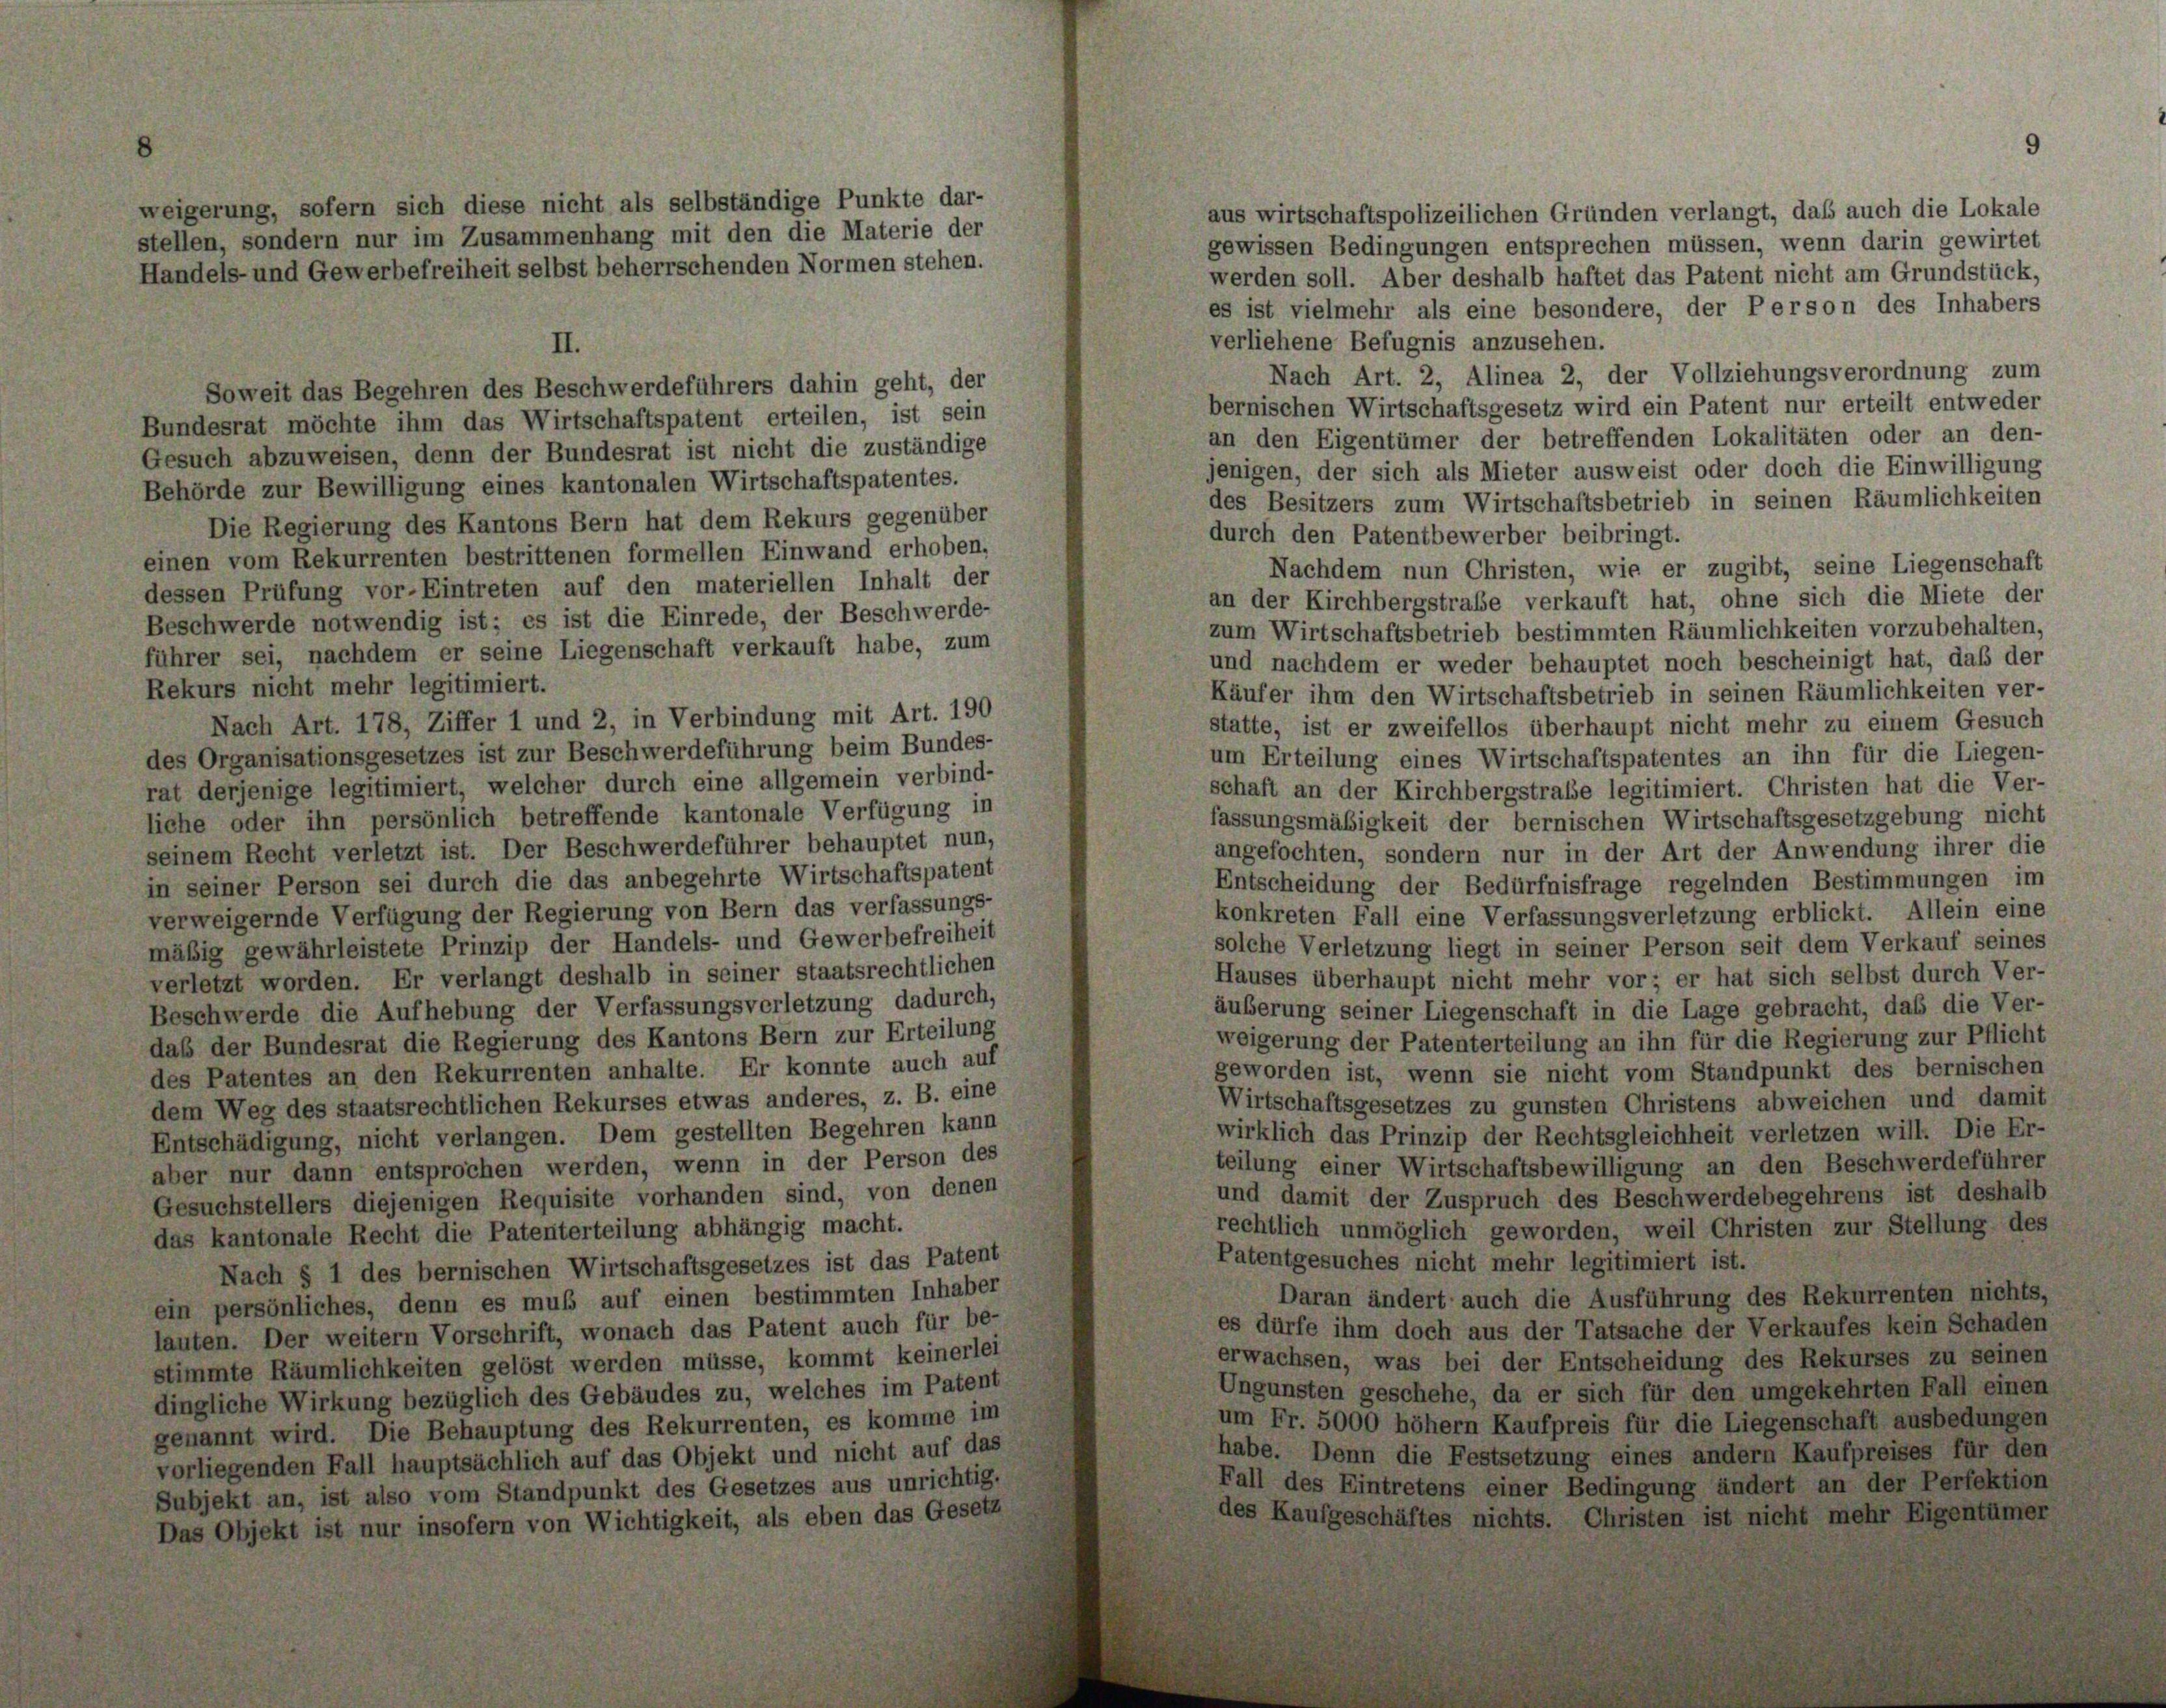
weigerung, sofern sich diese nicht als selbständige Punkte dar-
stellen, sondern nur im Zusammenhang mit den die Materie der
Handels- und Gewerbefreiheit selbst beherrschenden Normen stehen.

aus wirtschaftspolizeilichen Gründen verlangt, daß auch die Lokale

d

gewissen Bedingungen entsprechen müssen, wenn darin gewirtet
werden soll. Aber deshalb haftet das Patent nicht am Grundstück,
es ist vielmehr als eine besondere, der Person des Inhabers
verliehene Befugnis anzusehen.
II.
Nach Art. 2, Alinea 2, der Vollziehungsverordnung zum
Soweit das Begehren des Beschwerdeführers dahin geht, der
bernischen Wirtschaftsgesetz wird ein Patent nur erteilt entweder
Bundesrat möchte ihm das Wirtschaftspatent erteilen, ist sein
an den Eigentümer der betreffenden Lokalitäten oder an den-
Gesuch abzuweisen, denn der Bundesrat ist nicht die zuständige
jenigen, der sich als Mieter ausweist oder doch die Einwilligung
Behörde zur Bewilligung eines kantonalen Wirtschaftspatentes.
des Besitzers zum Wirtschaftsbetrieb in seinen Räumlichkeiten
Die Regierung des Kantons Bern hat dem Rekurs gegenüber
durch den Patentbewerber beibringt.
einen vom Rekurrenten bestrittenen formellen Einwand erhoben,
Nachdem nun Christen, wie er zugibt, seine Liegenschaft
dessen Prüfung vor-Eintreten auf den materiellen Inhalt der
an der Kirchbergstrafe verkauft hat, ohne sich die Miete der
Beschwerde notwendig ist; es ist die Einrede, der Beschwerde-
zum Wirtschaftsbetrieb bestimmten Räumlichkeiten vorzubehalten,
führer sei, nachdem er seine Liegenschaft verkauft habe, zum
und nachdem er weder behauptet noch bescheinigt hat, daß der
Rekurs nicht mehr legitimiert.
Käufer ihm den Wirtschaftsbetrieb in seinen Räumlichkeiten ver-
Nach Art. 178, Ziffer 1 und 2, in Verbindung mit Art. 190
statte, ist er zweifellos überhaupt nicht mehr zu einem Gesuch
des Organisationsgesetzes ist zur Beschwerdeführung beim Bundes-
um Erteilung eines Wirtschaftspatentes an ihn für die Liegen-
rat derjenige legitimiert, welcher durch eine allgemein verbind-
schaft an der Kirchbergstraße legitimiert. Christen hat die Ver-
liche oder ihn persönlich betreffende kantonale Verfügung in
fassungsmäßigkeit der bernischen Wirtschaftsgesetzgebung nicht
seinem Recht verletzt ist. Der Beschwerdeführer behauptet nun,
angefochten, sondern nur in der Art der Anwendung ihrer die
in seiner Person sei durch die das anbegehrte Wirtschaftspatent
Entscheidung der Bedürfnisfrage regelnden Bestimmungen im
verweigernde Verfügung der Regierung von Bern das verfassungs-
konkreten Fall eine Verfassungsverletzung erblickt. Allein eine
mäßig gewährleistete Prinzip der Handels- und Gewerbefreiheit
solche Verletzung liegt in seiner Person seit dem Verkauf seines
verletzt worden. Er verlangt deshalb in seiner staatsrechtlichen
Hauses überhaupt nicht mehr vor; er hat sich selbst durch Ver-
Beschwerde die Aufhebung der Verfassungsverletzung dadurch,
äußerung seiner Liegenschaft in die Lage gebracht, das die Ver-
weigerung der Patenterteilung an ihn für die Regierung zur Pflicht
daß der Bundesrat die Regierung des Kantons Bern zur Erteilung
geworden ist, wenn sie nicht vom Standpunkt des bernischen
des Patentes an den Rekurrenten anhalte. Er konnte auch auf
Wirtschaftsgesetzes zu gunsten Christens abweichen und damit
dem Weg des staatsrechtlichen Rekurses etwas anderes, z. B. eine
wirklich das Prinzip der Rechtsgleichheit verletzen will. Die Er-
Entschädigung, nicht verlangen. Dem gestellten Begehren kann
teilung einer Wirtschaftsbewilligung an den Beschwerdeführer
aber nur dann entsprochen werden, wenn in der Person des
und damit der Zuspruch des Beschwerdebegehrens ist deshalb
Gesuchstellers diejenigen Requisite vorhanden sind, von denen
rechtlich unmöglich geworden, weil Christen zur Stellung des
das kantonale Recht die Patenterteilung abhängig macht.
Patentgesuches nicht mehr legitimiert ist.
Nach § 1 des bernischen Wirtschaftsgesetzes ist das Patent
Daran ändert auch die Ausführung des Rekurrenten nichts,
ein persönliches, denn es muß auf einen bestimmten Inhaber
es dürfe ihm doch aus der Tatsache der Verkaufes kein Schaden
lauten. Der weitern Vorschrift, wonach das Patent auch für be-
erwachsen, was bei der Entscheidung des Rekurses zu seinen
stimmte Räumlichkeiten gelöst werden müsse, kommt keinerlei
Ungunsten geschehe, da er sich für den umgekehrten Fall einen
dingliche Wirkung bezüglich des Gebäudes zu, welches im Patent
um Fr. 5000 höhem Kaufpreis für die Liegenschaft ausbedungen
genannt wird. Die Behauptung des Rekurrenten, es komme im
habe. Denn die Festsetzung eines andern Kaufpreises für den
vorliegenden Fall hauptsächlich auf das Objekt und nicht auf das
Fall des Eintretens einer Bedingung ändert an der Perfektion
Subjekt an, ist also vom Standpunkt des Gesetzes aus unrichtig.
des Kaufgeschäftes nichts. Christen ist nicht mehr Eigentümer
Das Objekt ist nur insofern von Wichtigkeit, als eben das Gesetz